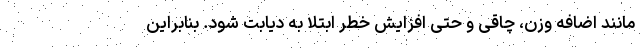
مانند اضافه وزن، چاقی و حتی افزایش خطر ابتلا به دیابت شود. بنابراین